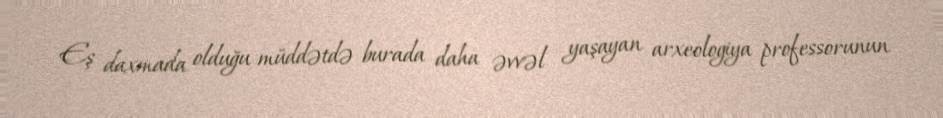
Eş daxmada olduğu müddətdə burada daha əvvəl yaşayan arxeologiya professorunun